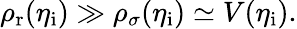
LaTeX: \rho_{\mathrm{r}}(\eta_{\mathrm{i}})\gg\rho_{\sigma}(\eta_{\mathrm{i}})\simeq V(\eta_{\mathrm{i}}).